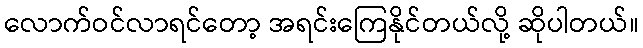
လောက်ဝင်လာရင်တော့ အရင်းကြေနိုင်တယ်လို့ ဆိုပါတယ်။